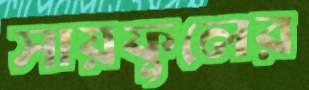
সায়ফুলের